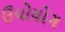
ઉપોયોગ